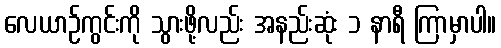
လေယာဉ်ကွင်းကို သွားဖို့လည်း အနည်းဆုံး ၁ နာရီ ကြာမှာပါ။